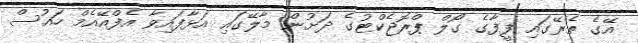
އޭގެ ތެރޭގައި ފީފާގެ ގޯލް ޕްރޮޖެކްޓުގެ ދަށުން މާލޭގައި އަޅާފައިވާ އެފްއޭއެމް ހައުސް